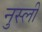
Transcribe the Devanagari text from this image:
नुस्ली